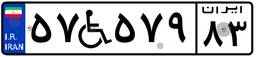
۵۷W۵۷۹۸۳